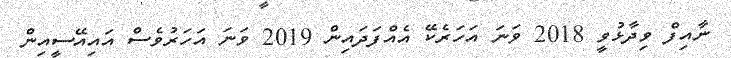
ނާއިފް ވިދާޅުވީ 2018 ވަނަ އަހަރެކޭ އެއްފަދައިން 2019 ވަނަ އަހަރުވެސް އައިއޭސީއިން